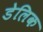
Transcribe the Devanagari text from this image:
डेलिक